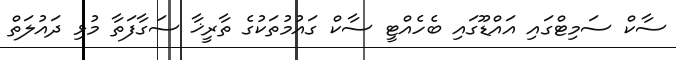
ސާކް ސަމިޓްގައި އައްޑޫގައި ބެހެއްޓީ ސާކް ގައުމުތަކުގެ ތާރީޚާ ސަގާފަތާ މުޅި ދައުލަތް